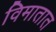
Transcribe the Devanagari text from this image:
विमातात